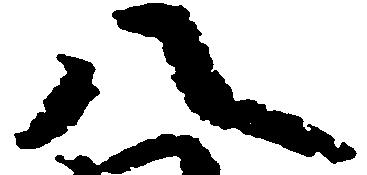
八